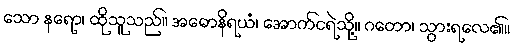
သော နရော၊ ထိုသူသည်။ အဓောနိရယံ၊ အောက်ငရဲသို့။ ဂတော၊ သွားရလေ၏။